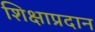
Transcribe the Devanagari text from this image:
शिक्षाप्रदान